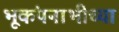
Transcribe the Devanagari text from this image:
भूकंपनाभीच्या